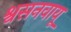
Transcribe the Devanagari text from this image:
श्वसनवायू